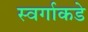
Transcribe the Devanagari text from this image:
स्वर्गाकडे